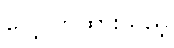
လေ့လာထားသည့်